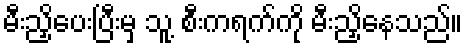
မီးညှိပေးပြီးမှ သူ့ စီးကရက်ကို မီးညှိနေသည်။